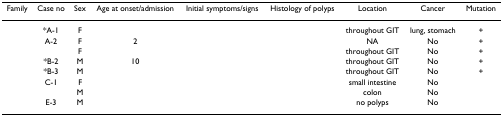
<table><thead><tr><td><b>Family</b></td><td><b>Case no</b></td><td><b>Sex</b></td><td><b>Age at onset/admission</b></td><td><b>Initial symptoms/signs</b></td><td><b>Histology of polyps</b></td><td><b>Location</b></td><td><b>Cancer</b></td><td><b>Mutation</b></td></tr></thead><tbody><tr><td>[EMPTY_CELL]</td><td>*A-1</td><td>F</td><td>[EMPTY_CELL]</td><td>[EMPTY_CELL]</td><td>[EMPTY_CELL]</td><td>throughout GIT</td><td>lung, stomach</td><td>+</td></tr><tr><td>[EMPTY_CELL]</td><td>A-2</td><td>F</td><td>2</td><td>[EMPTY_CELL]</td><td>[EMPTY_CELL]</td><td>NA</td><td>No</td><td>+</td></tr><tr><td>[EMPTY_CELL]</td><td>[EMPTY_CELL]</td><td>F</td><td>[EMPTY_CELL]</td><td>[EMPTY_CELL]</td><td>[EMPTY_CELL]</td><td>throughout GIT</td><td>No</td><td>+</td></tr><tr><td>[EMPTY_CELL]</td><td>*B-2</td><td>M</td><td>10</td><td>[EMPTY_CELL]</td><td>[EMPTY_CELL]</td><td>throughout GIT</td><td>No</td><td>+</td></tr><tr><td>[EMPTY_CELL]</td><td>*B-3</td><td>M</td><td>[EMPTY_CELL]</td><td>[EMPTY_CELL]</td><td>[EMPTY_CELL]</td><td>throughout GIT</td><td>No</td><td>+</td></tr><tr><td>[EMPTY_CELL]</td><td>C-1</td><td>F</td><td>[EMPTY_CELL]</td><td>[EMPTY_CELL]</td><td>[EMPTY_CELL]</td><td>small intestine</td><td>No</td><td>[EMPTY_CELL]</td></tr><tr><td>[EMPTY_CELL]</td><td>[EMPTY_CELL]</td><td>M</td><td>[EMPTY_CELL]</td><td>[EMPTY_CELL]</td><td>[EMPTY_CELL]</td><td>colon</td><td>No</td><td>[EMPTY_CELL]</td></tr><tr><td>[EMPTY_CELL]</td><td>E-3</td><td>M</td><td>[EMPTY_CELL]</td><td>[EMPTY_CELL]</td><td>[EMPTY_CELL]</td><td>no polyps</td><td>No</td><td>[EMPTY_CELL]</td></tr></tbody></table>